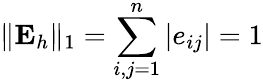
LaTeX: \Vert\textbf{E}_{h}\Vert_{1}=\sum_{i,j=1}^{n}\left|e_{ij}\right|=1